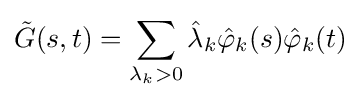
{\tilde {G}}(s,t)=\sum _{\lambda _{k}>0}{\hat {\lambda }}_{k}{\hat {\varphi }}_{k}(s){\hat {\varphi }}_{k}(t)